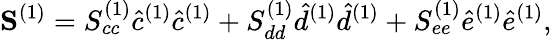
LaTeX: \mathbf{S}^{(1)}=S_{cc}^{(1)}\hat{c}^{(1)}\hat{c}^{(1)}+S_{dd}^{(1)}\hat{d}^{(1)}\hat{d}^{(1)}+S_{ee}^{(1)}\hat{e}^{(1)}\hat{e}^{(1)},